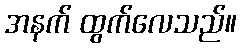
အနက် ထွက်လေသည်။